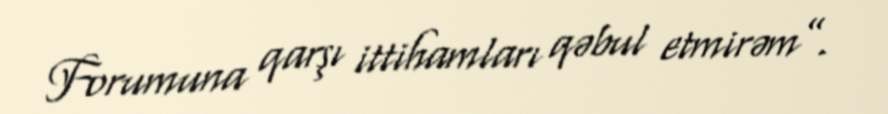
Forumuna qarşı ittihamları qəbul etmirəm”.